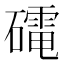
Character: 𮁋